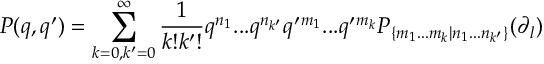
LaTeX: P ( q , q ^ { \prime } ) = \sum _ { k = 0 , k ^ { \prime } = 0 } ^ { \infty } \frac { 1 } { k ! k ^ { \prime } ! } q ^ { n _ { 1 } } . . . q ^ { n _ { k ^ { \prime } } } q ^ { \prime } { } ^ { m _ { 1 } } . . . q ^ { \prime } { } ^ { m _ { k } } P _ { \{ m _ { 1 } . . . m _ { k } | n _ { 1 } . . . n _ { k ^ { \prime } } \} } ( \partial _ { l } )